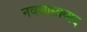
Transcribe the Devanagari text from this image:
नवशास्त्रवाद